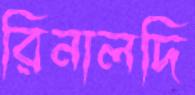
রিনালদি